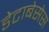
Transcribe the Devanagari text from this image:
डेटाबेसेस